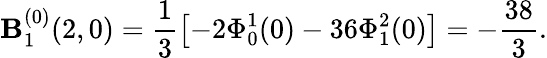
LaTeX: \mathbf{B}_{1}^{(0)}(2,0)=\frac{{1}}{{3}}\left[-2\Phi_{0}^{1}(0)-36\Phi_{1}^{2}(0)\right]=-\frac{{38}}{{3}}.